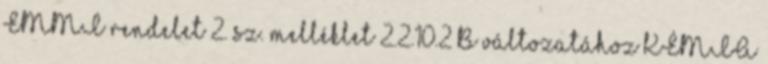
EMMI rendelet 2. sz. melléklet 2.2.10.2 B változatához KÉMIA